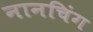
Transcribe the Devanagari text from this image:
नानचिंग